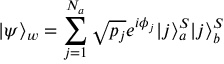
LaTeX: | \psi \rangle _ { w } = \sum _ { j = 1 } ^ { N _ { a } } \sqrt { p _ { j } } e ^ { i \phi _ { j } } | j \rangle _ { a } ^ { S } | j \rangle _ { b } ^ { S }